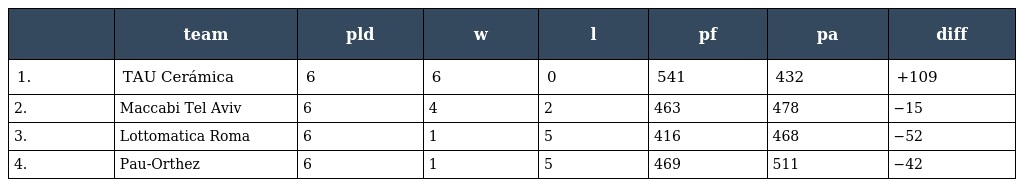
|  | team | pld | w | l | pf | pa | diff |
 | --- | --- | --- | --- | --- | --- | --- | --- |
 | 1. | TAU Cerámica | 6 | 6 | 0 | 541 | 432 | +109 |
 | 2. | Maccabi Tel Aviv | 6 | 4 | 2 | 463 | 478 | −15 |
 | 3. | Lottomatica Roma | 6 | 1 | 5 | 416 | 468 | −52 |
 | 4. | Pau-Orthez | 6 | 1 | 5 | 469 | 511 | −42 |